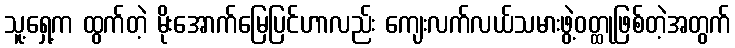
သူ့ရှေ့က ထွက်တဲ့ မိုးအောက်မြေပြင်ဟာလည်း ကျေးလက်လယ်သမားဖွဲ့ဝတ္ထုဖြစ်တဲ့အတွက်